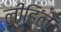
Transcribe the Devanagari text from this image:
लीहिले